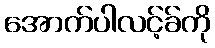
အောက်ပါလင့်ခ်ကို